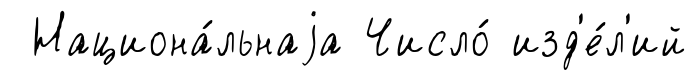
Национа́льнаjа Число́ изд'е́л'ий